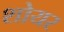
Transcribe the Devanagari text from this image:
शोयर